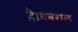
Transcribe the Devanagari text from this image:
है।डबराल